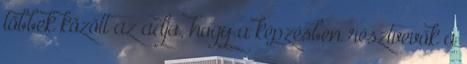
többek között az adja, hogy a képzésben résztvevők a